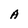
Character: A